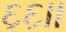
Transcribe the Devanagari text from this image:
६६।।